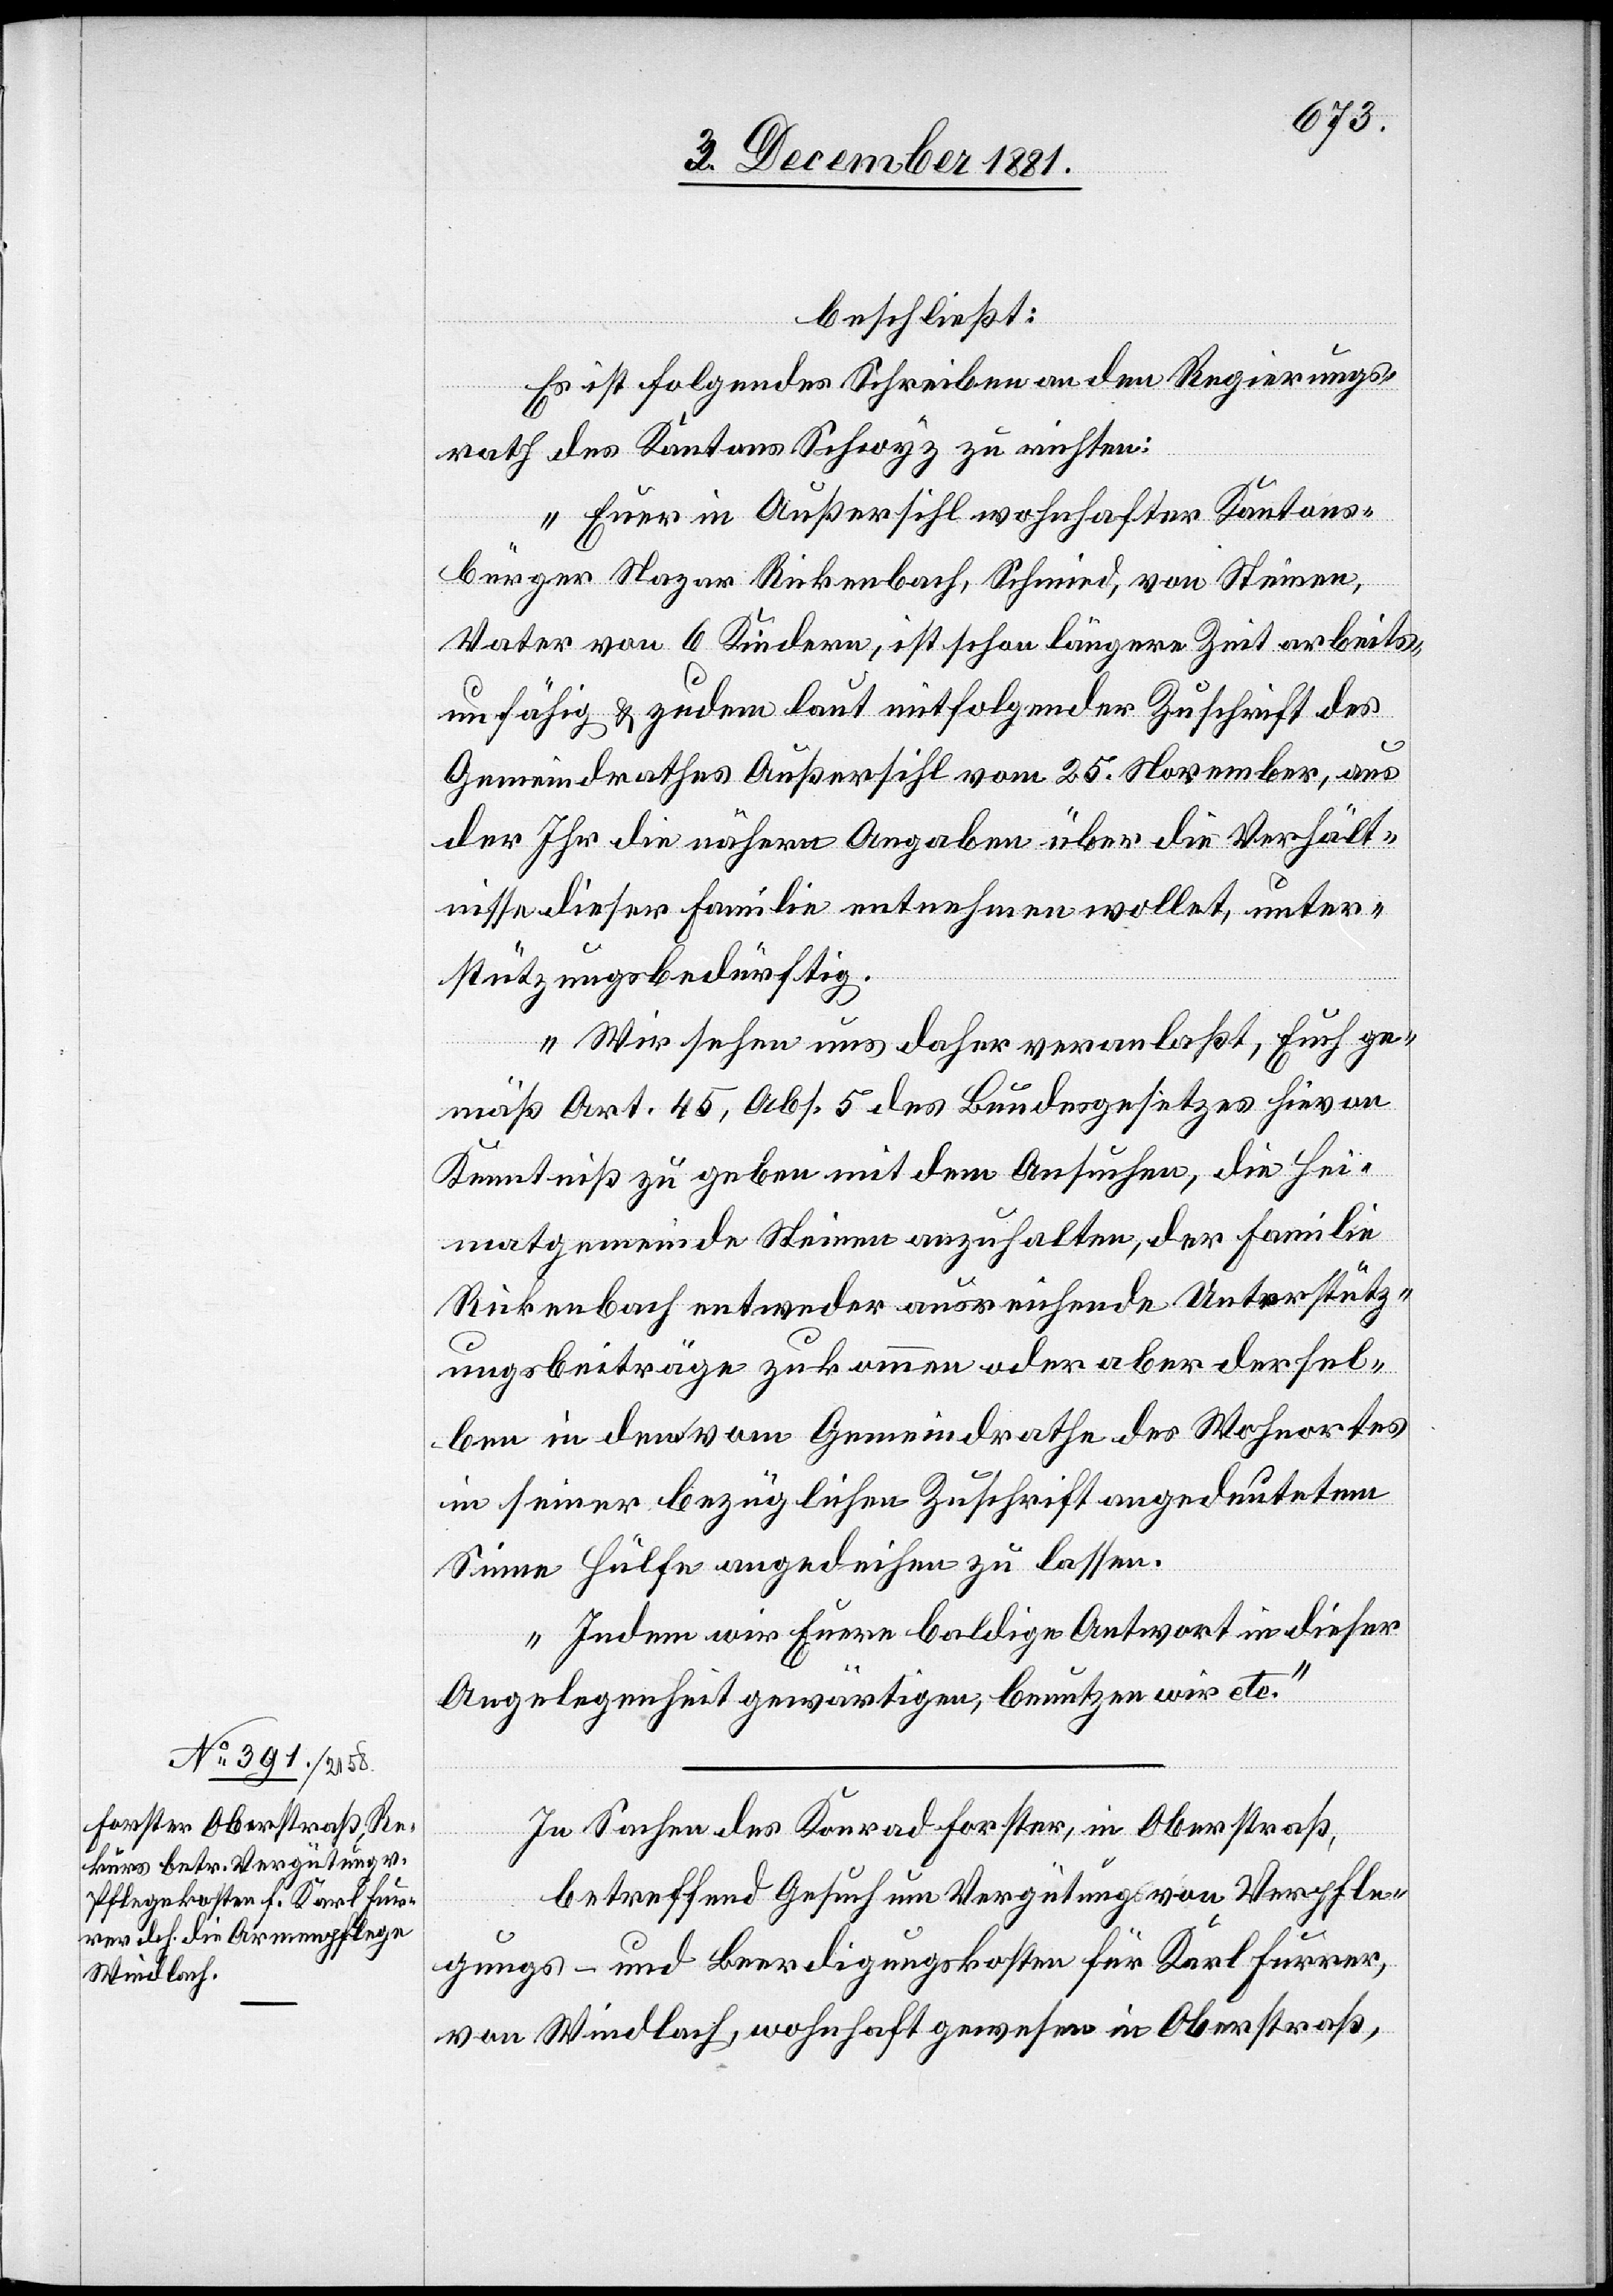
beschließt:
Es ist folgendes Schreiben an den Regierungs¬
rath des Kantons Schwyz zu richten:
„Euer in Außersihl wohnhafter Kantons¬
bürger Nazar Rickenbach, Schmied, von Steinen,
Vater von 6 Kindern, ist schon längere Zeit arbeits¬
unfähig & zudem laut mitfolgender Zuschrift des
Gemeindrathes Außersihl vom 25. November, aus
der Ihr die nähern Angaben über die Verhält¬
nisse dieser Familie entnehmen wollet, unter¬
stützungsbedürftig.
Wir sehen uns daher veranlaßt, Euch ge¬
mäß Art. 45, Abs. 5 des Bundesgesetzes hievon
Kenntniß zu geben mit dem Ansuchen, die Hei¬
matgemeinde Steinen anzuhalten, der Familie
Rickenbach entweder ausreichende Unterstütz¬
ungsbeiträge zukommen oder aber dersel¬
ben in dem vom Gemeindrathe des Wohnortes
in seiner bezüglichen Zuschrift angedeutetem
Sinne Hülfe angedeihen zu lassen.
Indem wir Eure baldige Antwort in dieser
Angelegenheit gewärtigen, benutzen wir etc.“
In Sachen des Konrad Forster, in Oberstraß,
betreffend Gesuch um Vergütung von Verpfle¬
gungs- und Beerdigungskosten für Karl Furrer,
von Windlach, wohnhaft gewesen in Oberstraß,